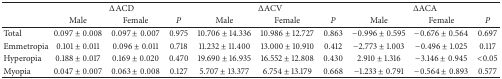
<table><thead><tr><td><b> </b></td><td colspan="3"><b>ΔACD</b></td><td colspan="3"><b>ΔACV</b></td><td colspan="3"><b>ΔACA</b></td></tr><tr><td><b> </b></td><td><b>Male</b></td><td><b>Female</b></td><td><b><i>P</i></b></td><td><b>Male</b></td><td><b>Female</b></td><td><b><i>P</i></b></td><td><b>Male</b></td><td><b>Female</b></td><td><b><i>P</i></b></td></tr></thead><tbody><tr><td>Total</td><td>0.097 ± 0.008</td><td>0.097 ± 0.007</td><td>0.975</td><td>10.706 ± 14.336</td><td>10.986 ± 12.727</td><td>0.863</td><td>−0.996 ± 0.595</td><td>−0.676 ± 0.564</td><td>0.697</td></tr><tr><td>Emmetropia</td><td>0.101 ± 0.011</td><td>0.096 ± 0.011</td><td>0.718</td><td>11.232 ± 11.400</td><td>13.000 ± 10.910</td><td>0.412</td><td>−2.773 ± 1.003</td><td>−0.496 ± 1.025</td><td>0.117</td></tr><tr><td>Hyperopia</td><td>0.188 ± 0.017</td><td>0.169 ± 0.020</td><td>0.470</td><td>19.690 ± 16.935</td><td>16.552 ± 12.808</td><td>0.430</td><td>2.910 ± 1.316</td><td>−3.146 ± 0.945</td><td>&lt;0.05</td></tr><tr><td>Myopia</td><td>0.047 ± 0.007</td><td>0.063 ± 0.008</td><td>0.127</td><td>5.707 ± 13.377</td><td>6.754 ± 13.179</td><td>0.668</td><td>−1.233 ± 0.791</td><td>−0.564 ± 0.893</td><td>0.577</td></tr></tbody></table>